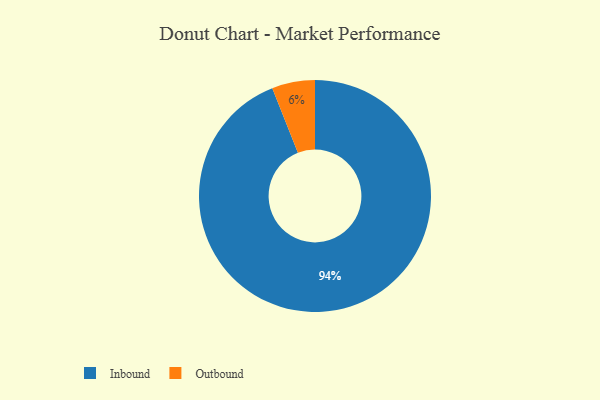
{"axis": {"x": "Category", "y": "Percentage"}, "legend": ["Inbound", "Outbound"], "data": [{"x": "Outbound", "y": 6, "type": "Outbound"}, {"x": "Inbound", "y": 94, "type": "Inbound"}]}